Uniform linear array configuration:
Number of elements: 24
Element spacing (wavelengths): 0.75
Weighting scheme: cosine
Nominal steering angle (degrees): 0
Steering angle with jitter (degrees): -0.2769
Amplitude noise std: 0.05
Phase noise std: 0.05

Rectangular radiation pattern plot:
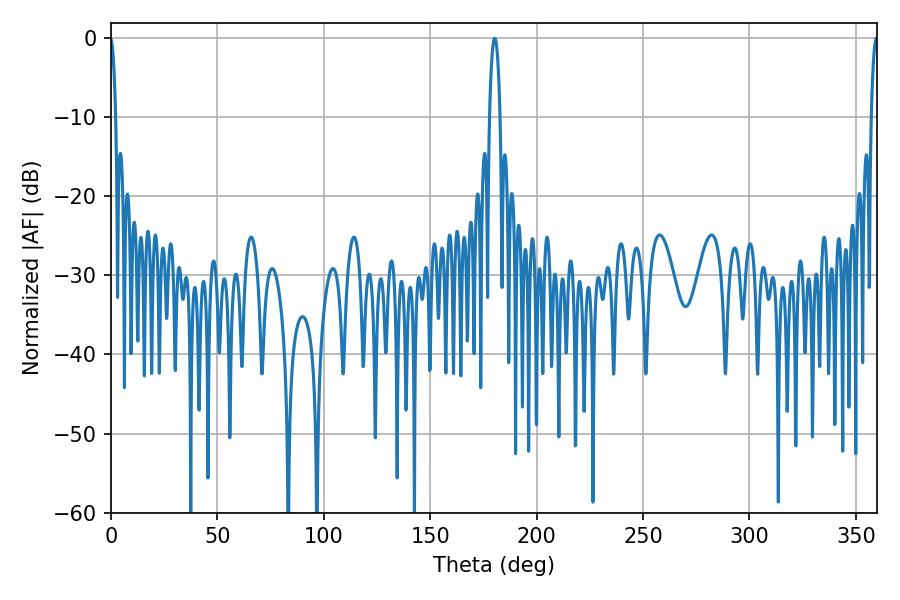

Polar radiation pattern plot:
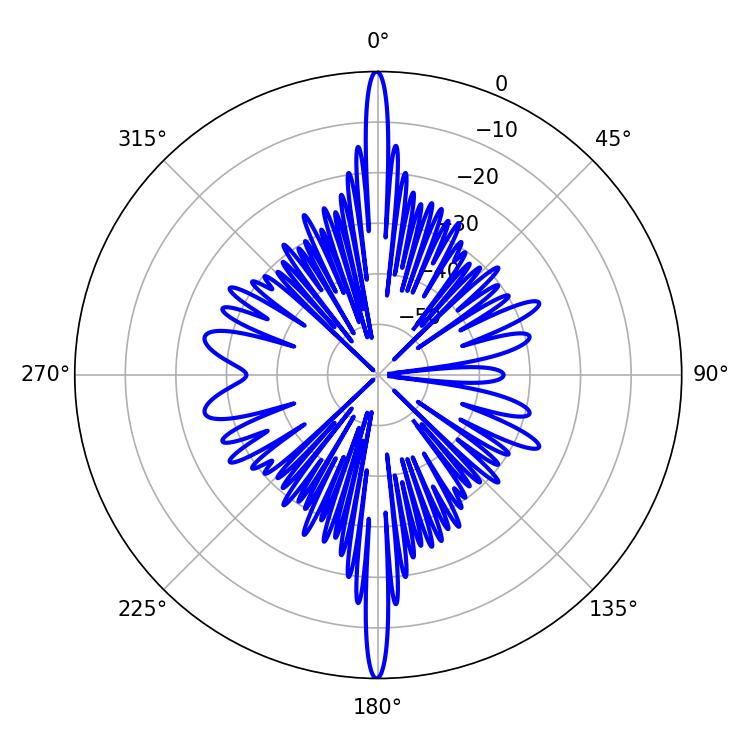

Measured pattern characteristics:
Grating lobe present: TRUE
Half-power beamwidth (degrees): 2.7
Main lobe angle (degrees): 180.36